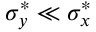
\sigma _ { y } ^ { * } \ll \sigma _ { x } ^ { * }